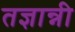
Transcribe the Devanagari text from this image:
तज्ञान्नी